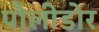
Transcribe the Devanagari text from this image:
पौलीडोर